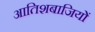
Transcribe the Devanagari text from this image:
आतिशबाजियों